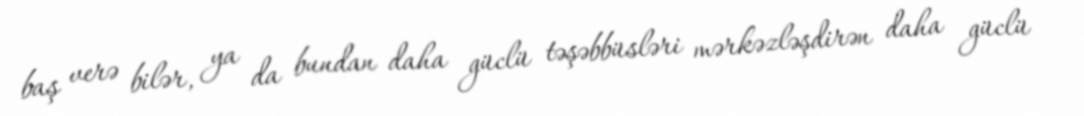
baş verə bilər, ya da bundan daha güclü təşəbbüsləri mərkəzləşdirən daha güclü